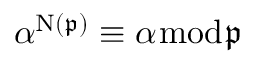
\alpha ^ { \mathrm { { N } } ( { \mathfrak { p } } ) } \equiv \alpha { \bmod { \mathfrak { p } } }